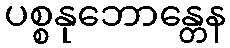
ပစ္စနုဘောန္တေန